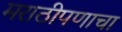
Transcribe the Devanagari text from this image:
मराठीपणाचा